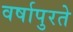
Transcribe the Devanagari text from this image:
वर्षापुरते